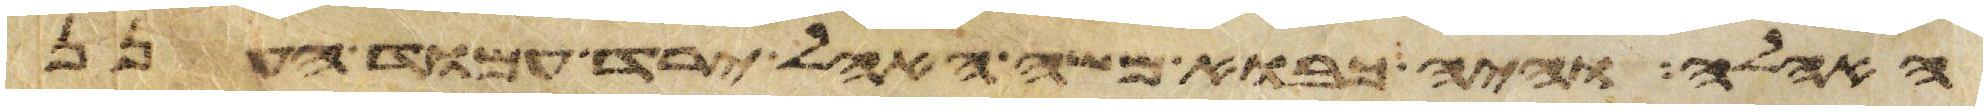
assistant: האהלה והיה כבוא משה האהל ירד עמוד הענן